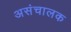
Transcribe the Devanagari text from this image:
असंचालक